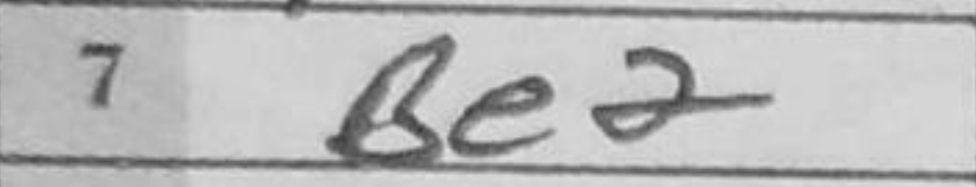
Transcription: Be2